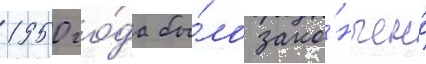
1950 го́да бы́ло зако́нчено